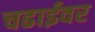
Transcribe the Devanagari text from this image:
चढाईवर